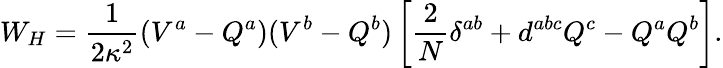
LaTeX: W_{H}=\frac{1}{2\kappa^{2}}(V^{a}-Q^{a})(V^{b}-Q^{b})\left[\frac{2}{N}\delta^{ab}+d^{abc}Q^{c}-Q^{a}Q^{b}\right].